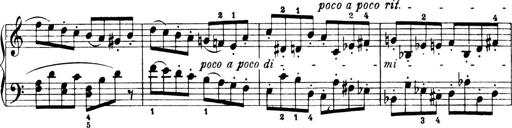
Title: 4 Sonatines
Composer: Max Reger